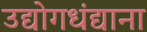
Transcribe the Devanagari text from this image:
उद्योगधंद्याना